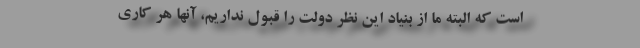
است که البته ما از بنیاد این نظر دولت را قبول نداریم، آنها هر کاری